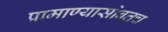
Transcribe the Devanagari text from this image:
प्रामाण्यासोबतच